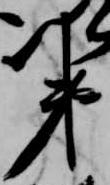
第